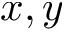
x , y